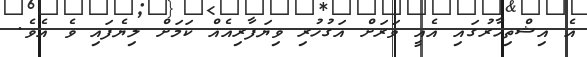
އެ އިޝްތިހާރުގައި އެއީ ވަރަށް އަގުހުރި ވިޔަފާރިއެއް ކަމަށް ލިޔެފައި ވެ އެވެ.